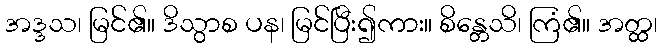
အဒ္ဒသ၊ မြင်၏။ ဒိသွာစ ပန၊ မြင်ပြီး၍ကား။ စိန္တေသိ၊ ကြံ၏။ အတ္ထ၊